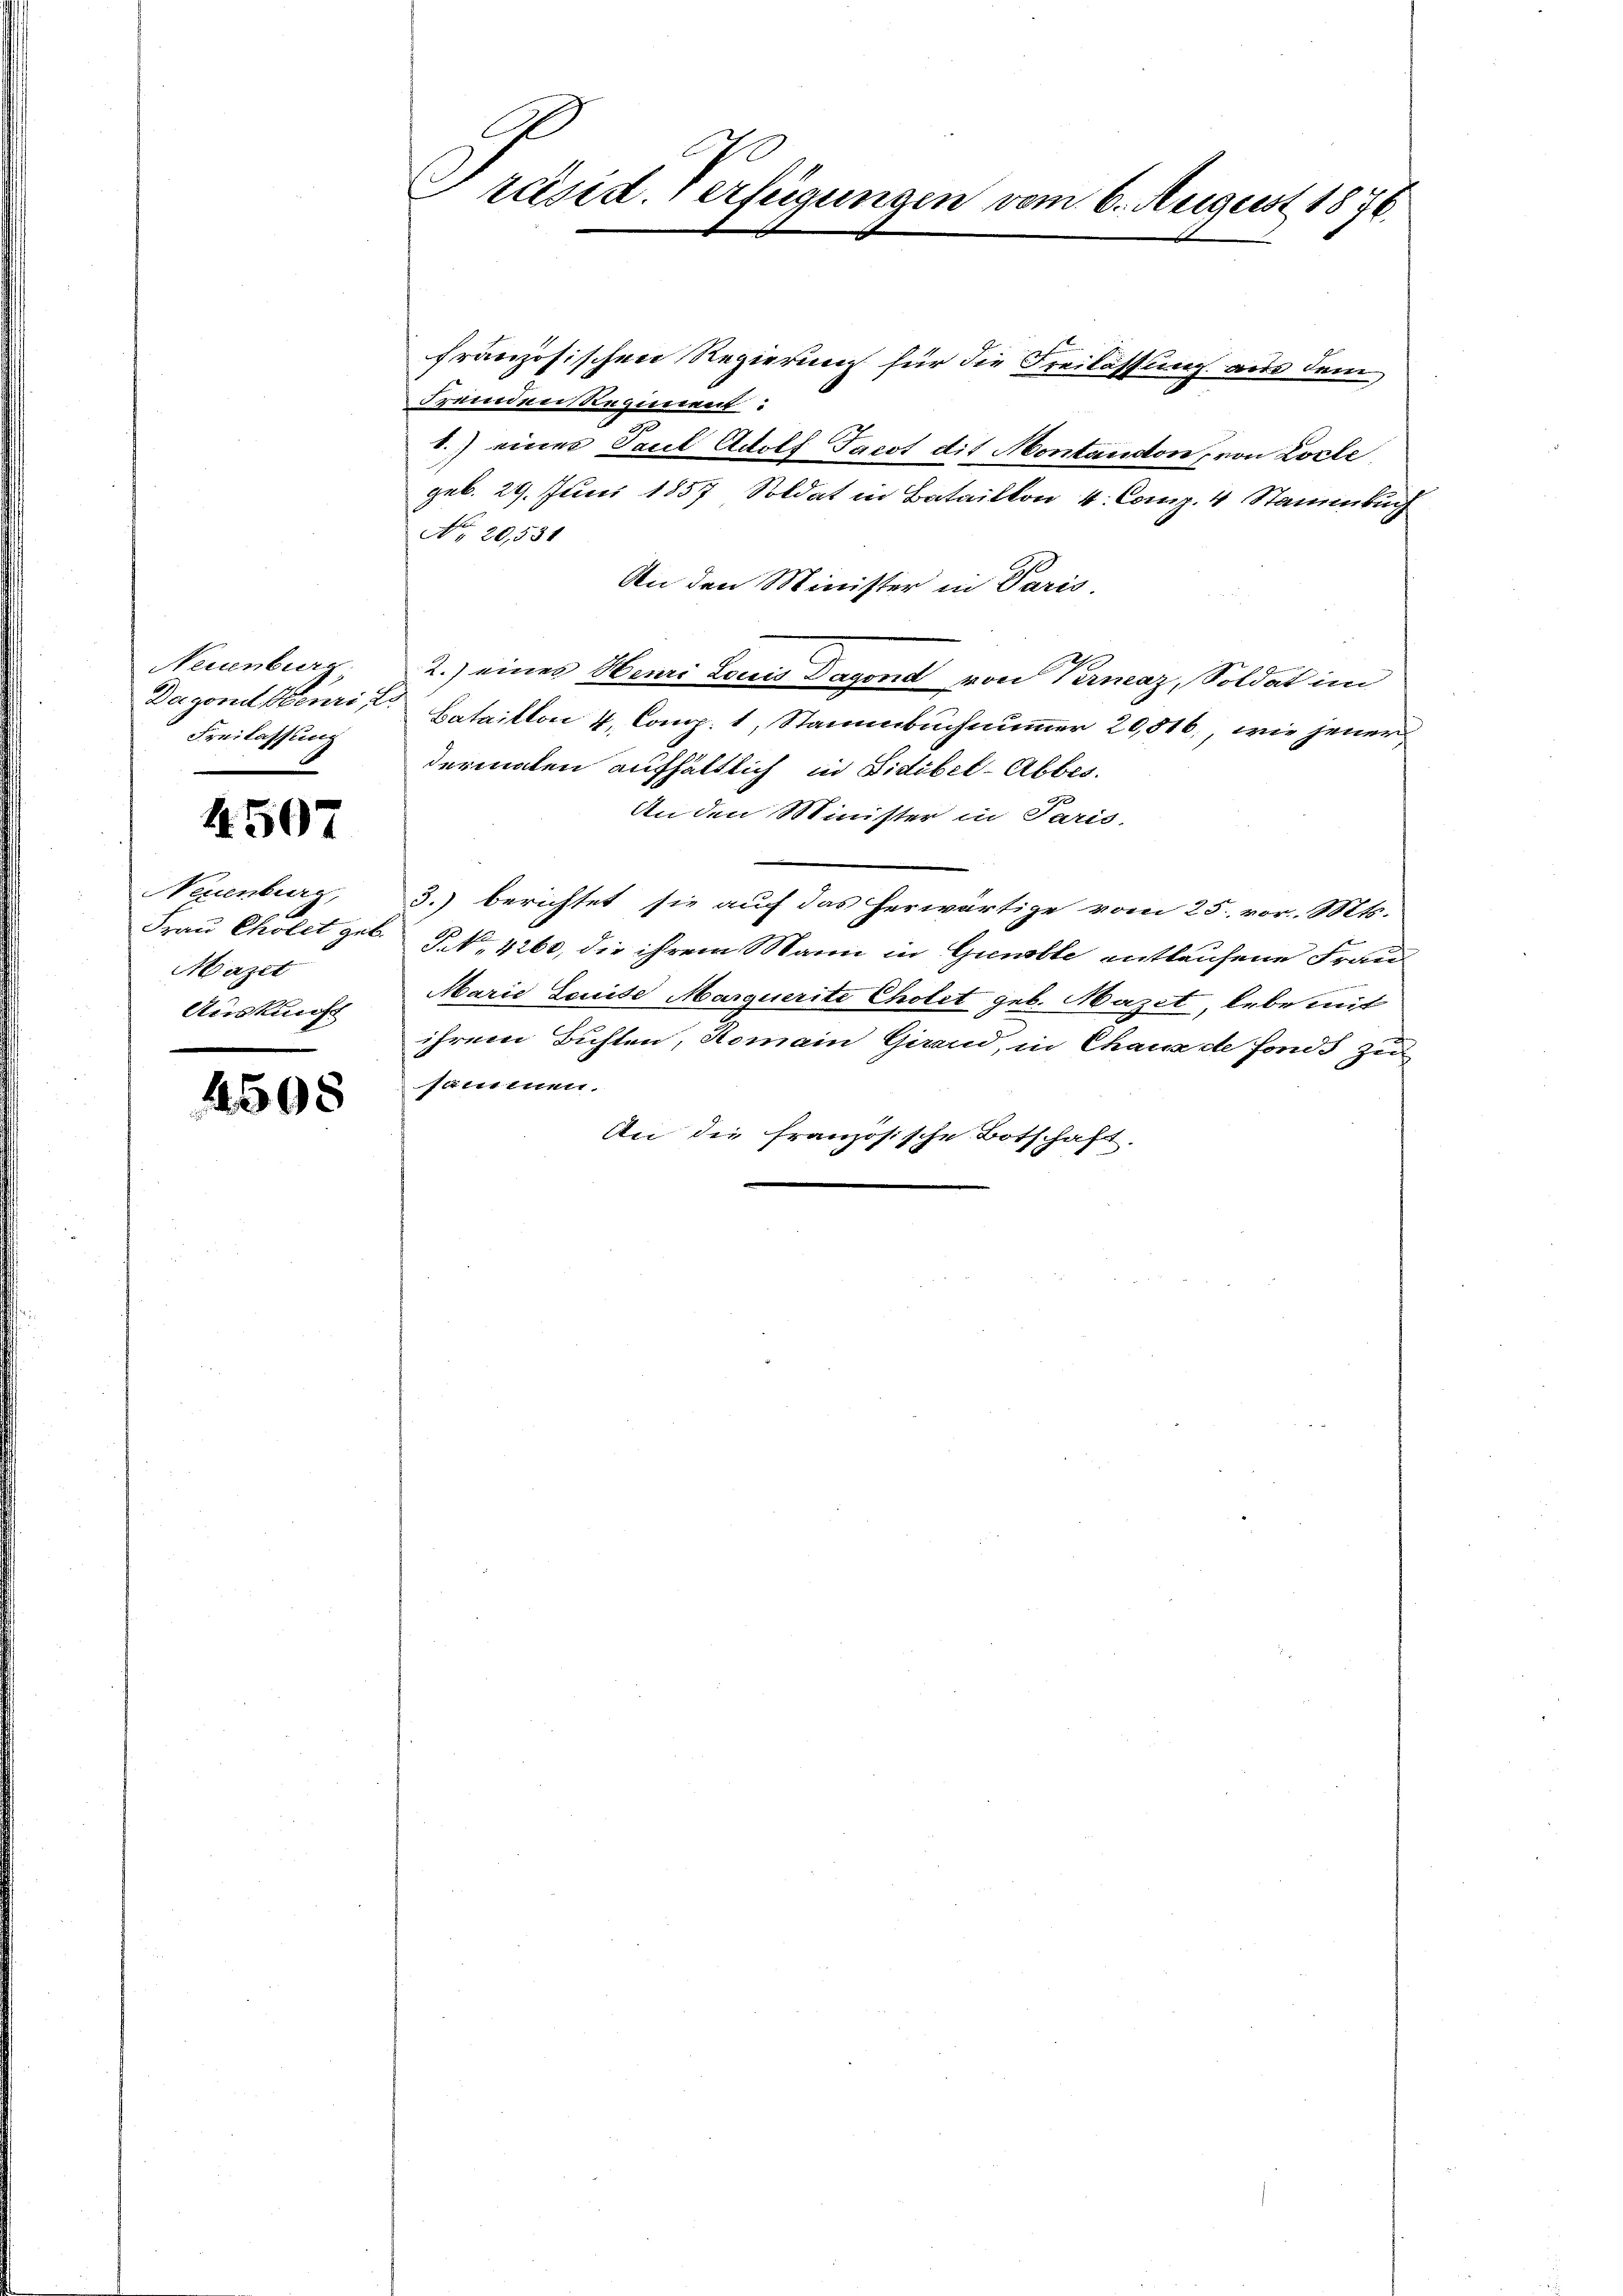
Neuenburg,
Dagona Henri E
Freilassung
.

4507

Neuenburg,
Mazet
Auskunft

4508

räsid. erfügungen vom 6. August 1876.

französischen Regierung für die Freilassung aus dem
Fremden Regiment:
1.) einer Paul Adolf Jacot dit Montandon, von Locle
geb. 29. Juni 1857 Soldat in Bataillon 4. Comp. 4 Stammbuch
No. 20,531
An den Minister in Paris.
2.) eines Henri Louis Dagond von Vernaz, Soldat im
Bataillon 4, Comp. 1, Stammbuchnummer 20,516, wie jener
dermaten aufhältlich in Fidibel-Abbes.
An den Minister in Paris
3.) berichtet sie auf das herwärtige vom 25. vor. Mts.
Frau Cholet geb. No. 4260, die ihrem Mann in Gunstle entlaufene Frau
Marie Louise Marquerite Cholet geb. Mazet, lebe mit
ihrem Bichten, Romain Grand, in Chaux de fonds zu
sammen.
An die französische Botschaft.